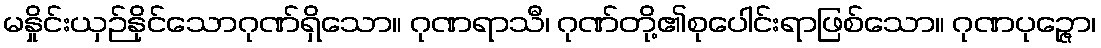
မနှိုင်းယှဉ်နိုင်သောဂုဏ်ရှိသော။ ဂုဏရာသီ၊ ဂုဏ်တို့၏စုပေါင်းရာဖြစ်သော။ ဂုဏပုဉ္ဇော၊